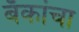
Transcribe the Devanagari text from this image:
बँकांचा